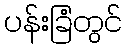
ပန်းခြံတွင်